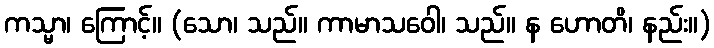
ကသ္မာ၊ ကြောင့်။ (သော၊ သည်။ ကာမာသဝေါ၊ သည်။ န ဟောတိ၊ နည်း။)